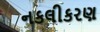
નકલીકરણ